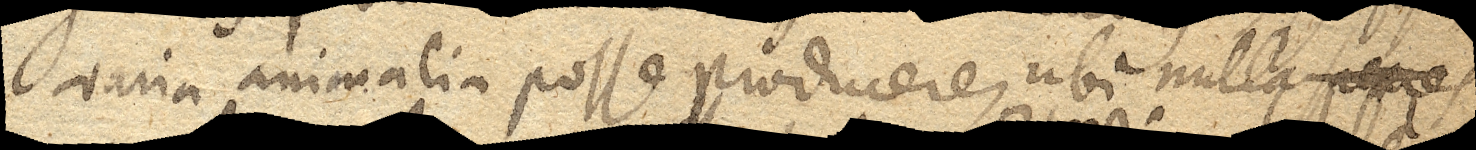
varia animalia posse producere, ubi nulla species